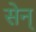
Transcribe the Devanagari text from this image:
सेन्‌